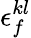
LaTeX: \epsilon_{f}^{kl}